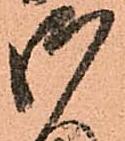
御